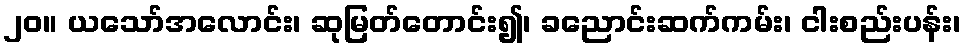
၂၀။ ယသော်အလောင်း၊ ဆုမြတ်တောင်း၍၊ ခညောင်းဆက်ကမ်း၊ ငါးစည်းပန်း၊